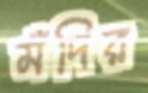
মঁদির